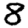
Digit: 8